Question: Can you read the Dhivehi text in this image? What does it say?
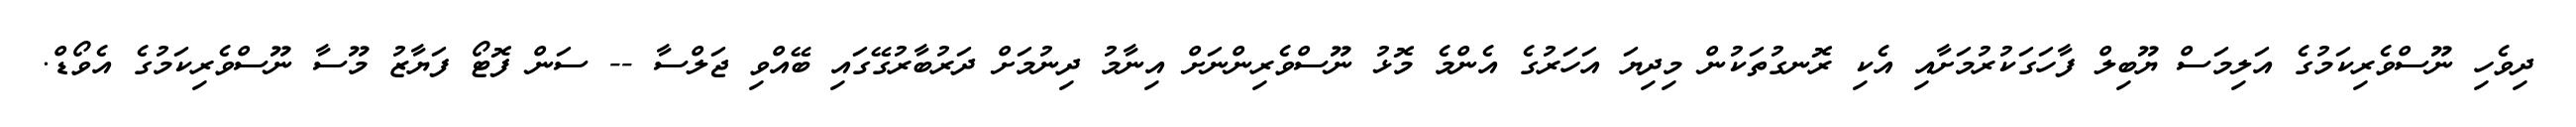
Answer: ދިވެހި ނޫސްވެރިކަމުގެ އަލިމަސް ޔޫބިލް ފާހަގަކުރުމަށާއި އެކި ރޮނގުތަކުން މިދިޔަ އަހަރުގެ އެންމެ މޮޅު ނޫސްވެރިންނަށް އިނާމު ދިނުމަށް ދަރުބާރުގޭގައި ބޭއްވި ޖަލްސާ -- ސަން ފޮޓޯ ފަޔާޒު މޫސާ ނޫސްވެރިކަމުގެ އެވޯޑް.